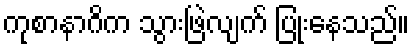
ကုစာနာဂိက သွားဖြဲလျက် ပြုံးနေသည်။